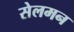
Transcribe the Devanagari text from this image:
सेलमन